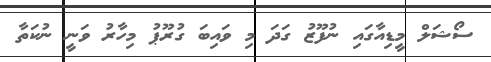
ސޯޝަލް މީޑިއާގައި ނުފޫޒު ގަދަ މި ވައިބަ ގުރޫޕު މިހާރު ވަނީ ނުކަތާ